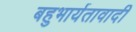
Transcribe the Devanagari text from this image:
बहुभार्यतावादी